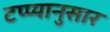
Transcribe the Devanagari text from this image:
टप्प्यानुसार